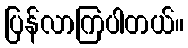
ပြန်လာကြပါတယ်။